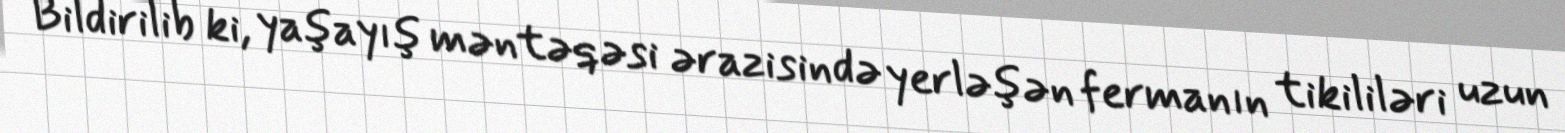
Bildirilib ki, yaşayış məntəqəsi ərazisində yerləşən fermanın tikililəri uzun